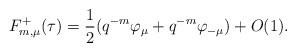
LaTeX: \begin{align*} F_{m,\mu}^+(\tau) = \frac{1}{2}( q^{-m} \varphi_\mu+q^{-m} \varphi_{-\mu} ) + O(1). \end{align*}